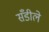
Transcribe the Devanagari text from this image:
सँडीले